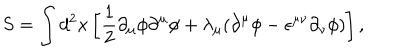
S = \int d ^ { 2 } x \left[ { \frac 1 2 } { \partial } _ { \mu } { \phi } { \partial } ^ { \mu } { \phi } + { \lambda } _ { \mu } ( { \partial } ^ { \mu } { \phi } - { \epsilon } ^ { { \mu } { \nu } } { \partial } _ { \nu } { \phi } ) \right] ,